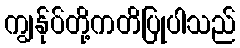
ကျွန်ုပ်တို့ကတိပြုပါသည်